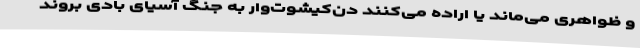
و ظواهری می‌ماند یا اراده می‌کنند دن‌کیشوت‌وار به جنگ آسیای بادی بروند